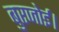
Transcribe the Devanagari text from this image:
बुरजोई।